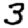
Digit: 3